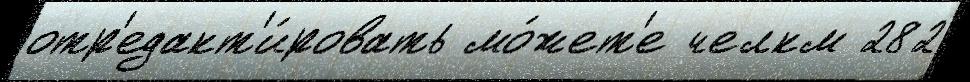
отр'едакт'и́ровать мо́жет'е челкм 282